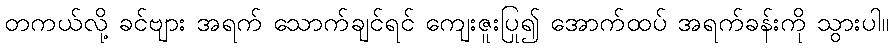
တကယ်လို့ ခင်ဗျား အရက် သောက်ချင်ရင် ကျေးဇူးပြု၍ အောက်ထပ် အရက်ခန်းကို သွားပါ။